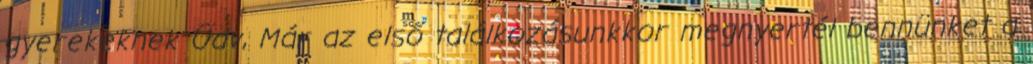
gyerekeknek Üdv, Már az első találkozásunkkor megnyertél bennünket a